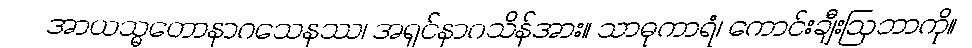
အာယသ္မတောနာဂသေနဿ၊ အရှင်နာဂသိန်အား။ သာဓုကာရံ၊ ကောင်းချီးဩဘာကို။